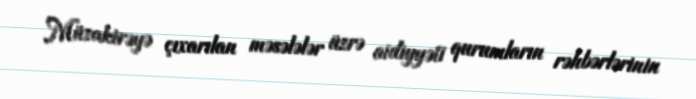
Müzakirəyə çıxarılan məsələlər üzrə aidiyyəti qurumların rəhbərlərinin